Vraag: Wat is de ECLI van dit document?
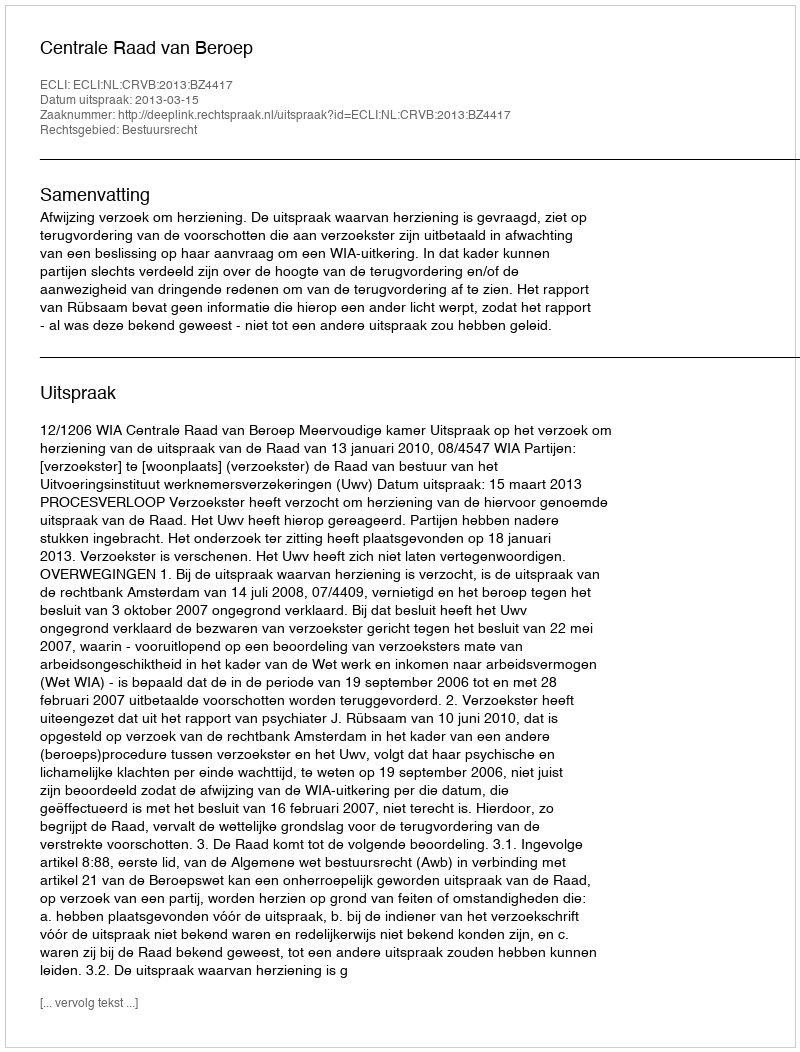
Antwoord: ECLI:NL:CRVB:2013:BZ4417